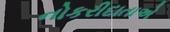
નોકરીદાતાએ